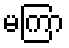
မကြာ